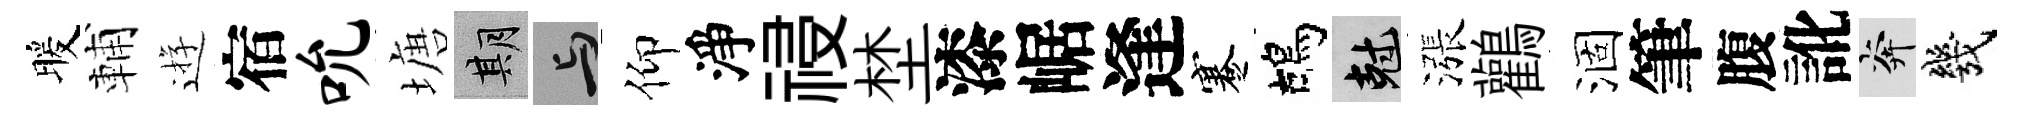
暖輔逰宿吮塘期与仰淨祲埜漆崌逢蹇鴣剋漲鸛涸筆腹訛奔幾